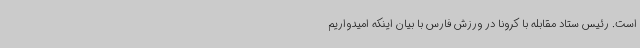
است. رئیس ستاد مقابله با کرونا در ورزش فارس با بیان اینکه امیدواریم